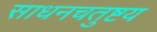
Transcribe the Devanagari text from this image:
साधनचतुष्टय